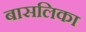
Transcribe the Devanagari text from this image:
बासलिका